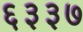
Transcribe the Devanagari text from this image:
६३३७